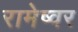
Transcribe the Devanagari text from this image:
रामेष्वर